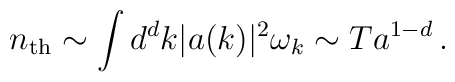
n_{\rm th} \sim \int d^dk \vert a(k)\vert^2 \omega_k\sim T a^{1-d} \, .